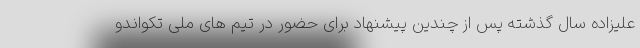
علیزاده سال گذشته پس از چندین پیشنهاد برای حضور در تیم های ملی تکواندو